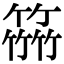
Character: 𥴒